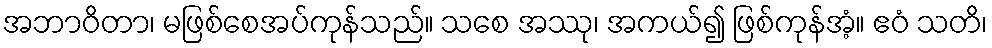
အဘာဝိတာ၊ မဖြစ်စေအပ်ကုန်သည်။ သစေ အဿု၊ အကယ်၍ ဖြစ်ကုန်အံ့။ ဧဝံ သတိ၊